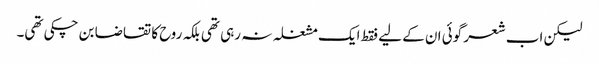
لیکن اب شعر گوئی ان کے لیے فقط ایک مشغلہ نہ رہی تھی بلکہ روح کا تقاضا بن چکی تھی۔